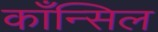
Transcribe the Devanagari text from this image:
काँन्सिल